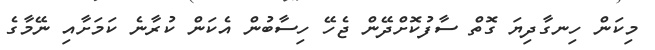
މިކަން ހިނގާދިޔަ ގޮތް ސާފުކޮށްދޭން ޖެހޭ ހިސާބުން އެކަން ކުރާނެ ކަމަށާއި ނޭމާގެ